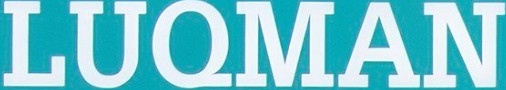
LUQMAN